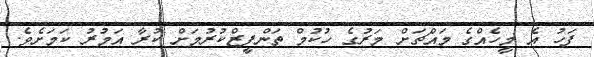
ފަހު އެ މީހެއްގެ މައްޗަށް މަރުގެ ހުކުމް ތަންފީޒްކުރުމަށް ކުރާ އަމުރު ކަމަށެވެ.